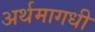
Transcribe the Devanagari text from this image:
अर्थमागधी